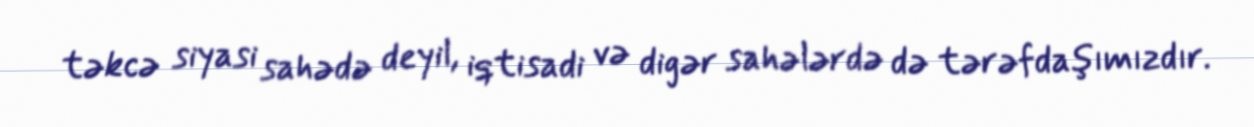
təkcə siyasi sahədə deyil, iqtisadi və digər sahələrdə də tərəfdaşımızdır.